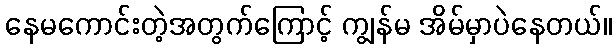
နေမကောင်းတဲ့အတွက်ကြောင့် ကျွန်မ အိမ်မှာပဲနေတယ်။